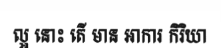
ល្អ នោះ តើ មាន អាការ កិរិយា